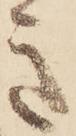
き